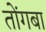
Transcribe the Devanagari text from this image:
तोंगबा